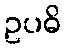
ဥပဓိ